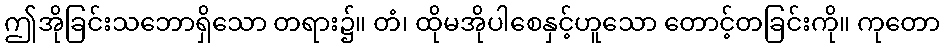
ဤအိုခြင်းသဘောရှိသော တရား၌။ တံ၊ ထိုမအိုပါစေနှင့်ဟူသော တောင့်တခြင်းကို။ ကုတော